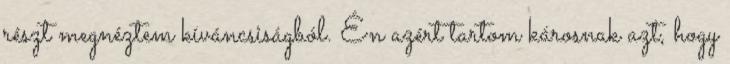
részt megnéztem kíváncsiságból. Én azért tartom károsnak azt, hogy